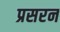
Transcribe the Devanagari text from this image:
प्रसरन